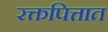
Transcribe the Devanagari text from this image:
रक्तपित्तात